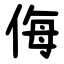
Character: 侮